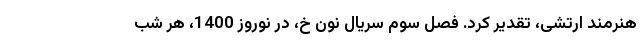
هنرمند ارتشی، تقدیر کرد. فصل سوم سریال نون خ، در نوروز 1400، هر شب